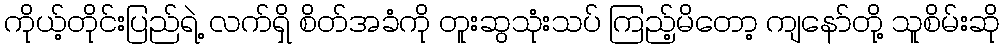
ကိုယ့်တိုင်းပြည်ရဲ့ လက်ရှိ စိတ်အခံကို တူးဆွသုံးသပ် ကြည့်မိတော့ ကျနော်တို့ သူစိမ်းဆို